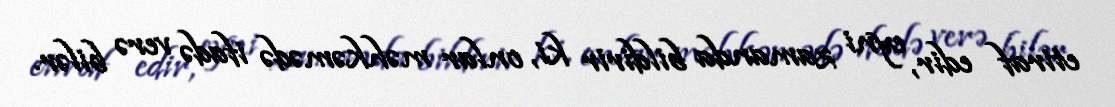
etiraf edir, eyni zamanda bildirir ki, onlar məhkəmədə ifadə verə bilər.